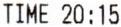
TIME 20:15